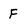
Character: F